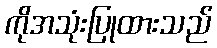
ကိုအသုံးပြုထားသည်